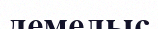
демелыс